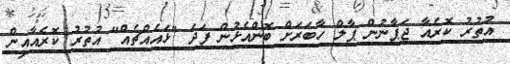
އުތުރު ކޮރެއާ ޖަޕާނުން ޕާލް ހާބަރަށް ބޮންއެޅުން ފަދަ "ޅައެއްޗެއް" އުތުރު ކޮރެއާއިން